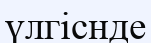
үлгіснде